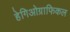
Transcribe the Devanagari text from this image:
हेगिओग्राफिकल